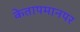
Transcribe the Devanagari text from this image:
केतापमानपर